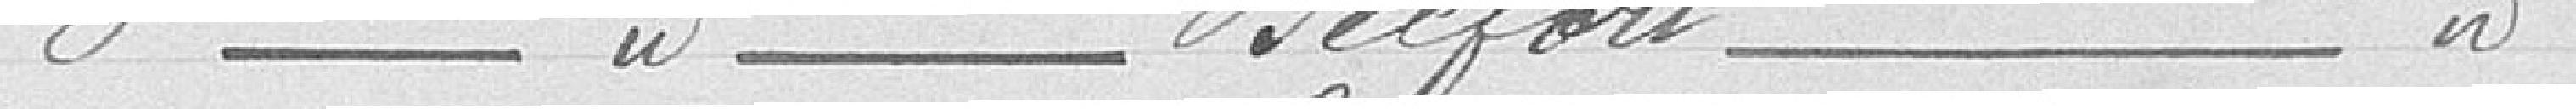
3° Commune de Belfort une part de